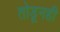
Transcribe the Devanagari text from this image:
तोडूनही